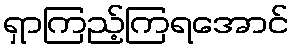
ရှာကြည့်ကြရအောင်